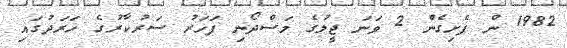
1982 ން ފެށިގެން 2 ވަނަ ޖީލުގެ މަސްދޯނި ފަހަރު ސަރުކާރުގެ ޚަރަދުގައި